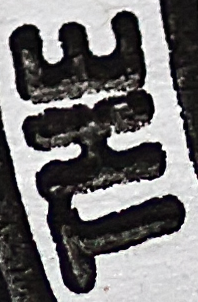
THE